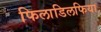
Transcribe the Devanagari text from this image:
फिलाडिलफिया